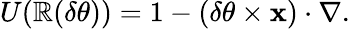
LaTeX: U(\mathbb{R}(\delta\mathbf{{\theta}}))=1-(\delta\mathbf{{\theta}}\times\mathbf{{x}})\cdot\nabla.